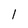
Character: l